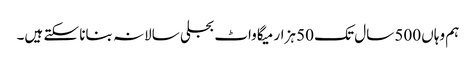
ہم وہاں 500 سال تک 50 ہزار میگاواٹ بجلی سالانہ بنانا سکتے ہیں۔